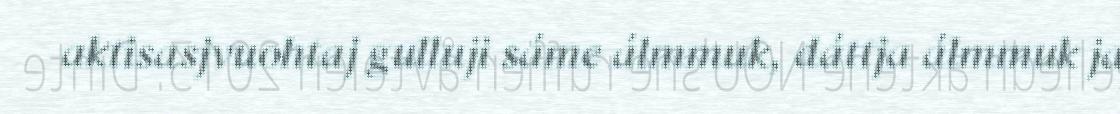
aktisasjvuohtaj gulluji sáme álmmuk, dáttja álmmuk ja